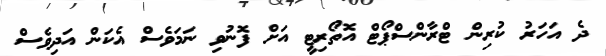
ދެ އަހަރު ކުރިން ޓްރާންސްޕޯޓް އޮތޯރިޓީ އަށް ފޮނުވި ނަމަވެސް އެކަން އަދިވެސް